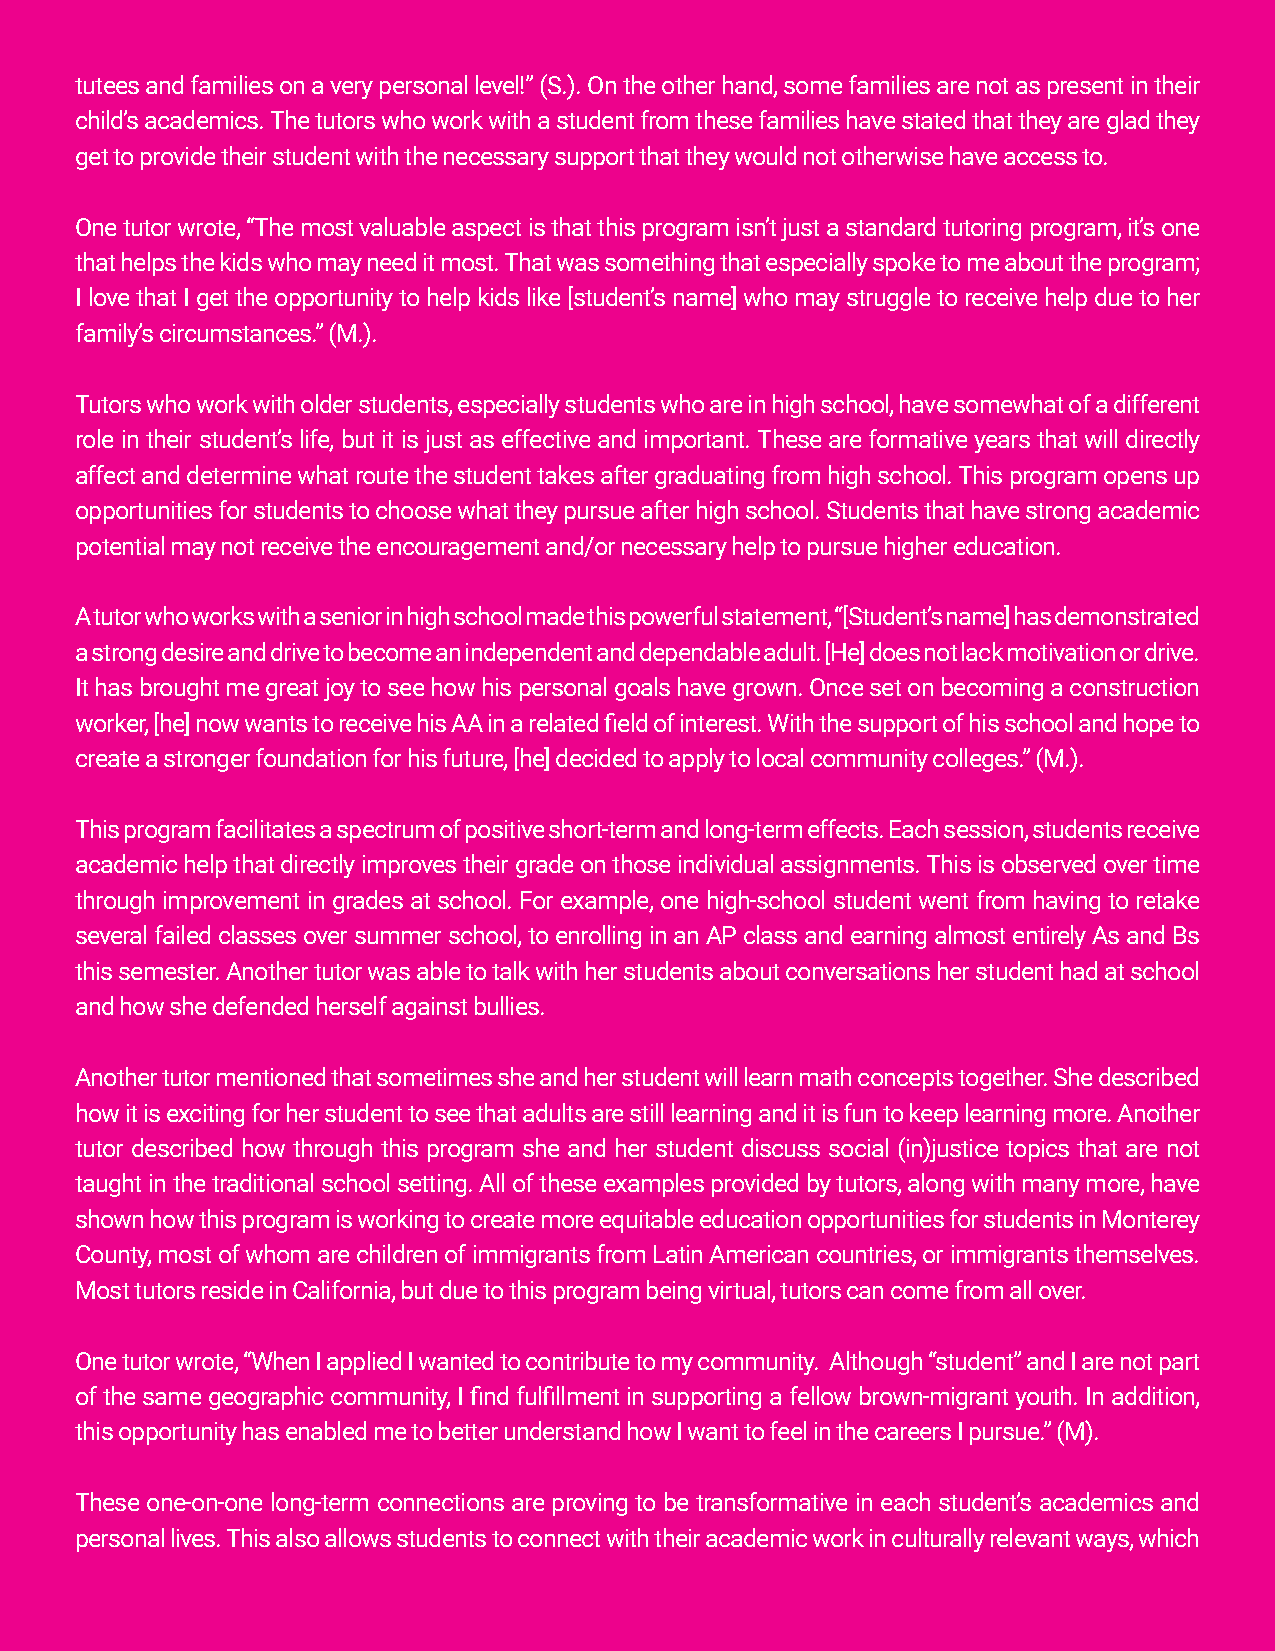
tutees and families on a very personal level!” (S.). On the other hand, some families are not as present in their
 child’s academics. The tutors who work with a student from these families have stated that they are glad they
 get to provide their student with the necessary support that they would not otherwise have access to.
 One tutor wrote, “The most valuable aspect is that this program isn’t just a standard tutoring program, it’s one
 that helps the kids who may need it most. That was something that especially spoke to me about the program;
 I love that I get the opportunity to help kids like [student’s name] who may struggle to receive help due to her
 family’s circumstances.” (M.).
 Tutors who work with older students, especially students who are in high school, have somewhat of a different
 role in their student’s life, but it is just as effective and important. These are formative years that will directly
 affect and determine what route the student takes after graduating from high school. This program opens up
 opportunities for students to choose what they pursue after high school. Students that have strong academic
 potential may not receive the encouragement and/or necessary help to pursue higher education.
 A tutor who works with a senior in high school made this powerful statement, “[Student’s name] has demonstrated
 a strong desire and drive to become an independent and dependable adult. [He] does not lack motivation or drive.
 It has brought me great joy to see how his personal goals have grown. Once set on becoming a construction
 worker, [he] now wants to receive his AA in a related field of interest. With the support of his school and hope to
 create a stronger foundation for his future, [he] decided to apply to local community colleges.” (M.).
 This program facilitates a spectrum of positive short-term and long-term effects. Each session, students receive
 academic help that directly improves their grade on those individual assignments. This is observed over time
 through improvement in grades at school. For example, one high-school student went from having to retake
 several failed classes over summer school, to enrolling in an AP class and earning almost entirely As and Bs
 this semester. Another tutor was able to talk with her students about conversations her student had at school
 and how she defended herself against bullies.
 Another tutor mentioned that sometimes she and her student will learn math concepts together. She described
 how it is exciting for her student to see that adults are still learning and it is fun to keep learning more. Another
 tutor described how through this program she and her student discuss social (in)justice topics that are not
 taught in the traditional school setting. All of these examples provided by tutors, along with many more, have
 shown how this program is working to create more equitable education opportunities for students in Monterey
 County, most of whom are children of immigrants from Latin American countries, or immigrants themselves.
 Most tutors reside in California, but due to this program being virtual, tutors can come from all over.
 One tutor wrote, “When I applied I wanted to contribute to my community. Although “student” and I are not part
 of the same geographic community, I find fulfillment in supporting a fellow brown-migrant youth. In addition,
 this opportunity has enabled me to better understand how I want to feel in the careers I pursue.” (M).
 These one-on-one long-term connections are proving to be transformative in each student’s academics and
 personal lives. This also allows students to connect with their academic work in culturally relevant ways, which